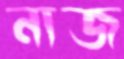
নাজ